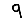
Digit: 9